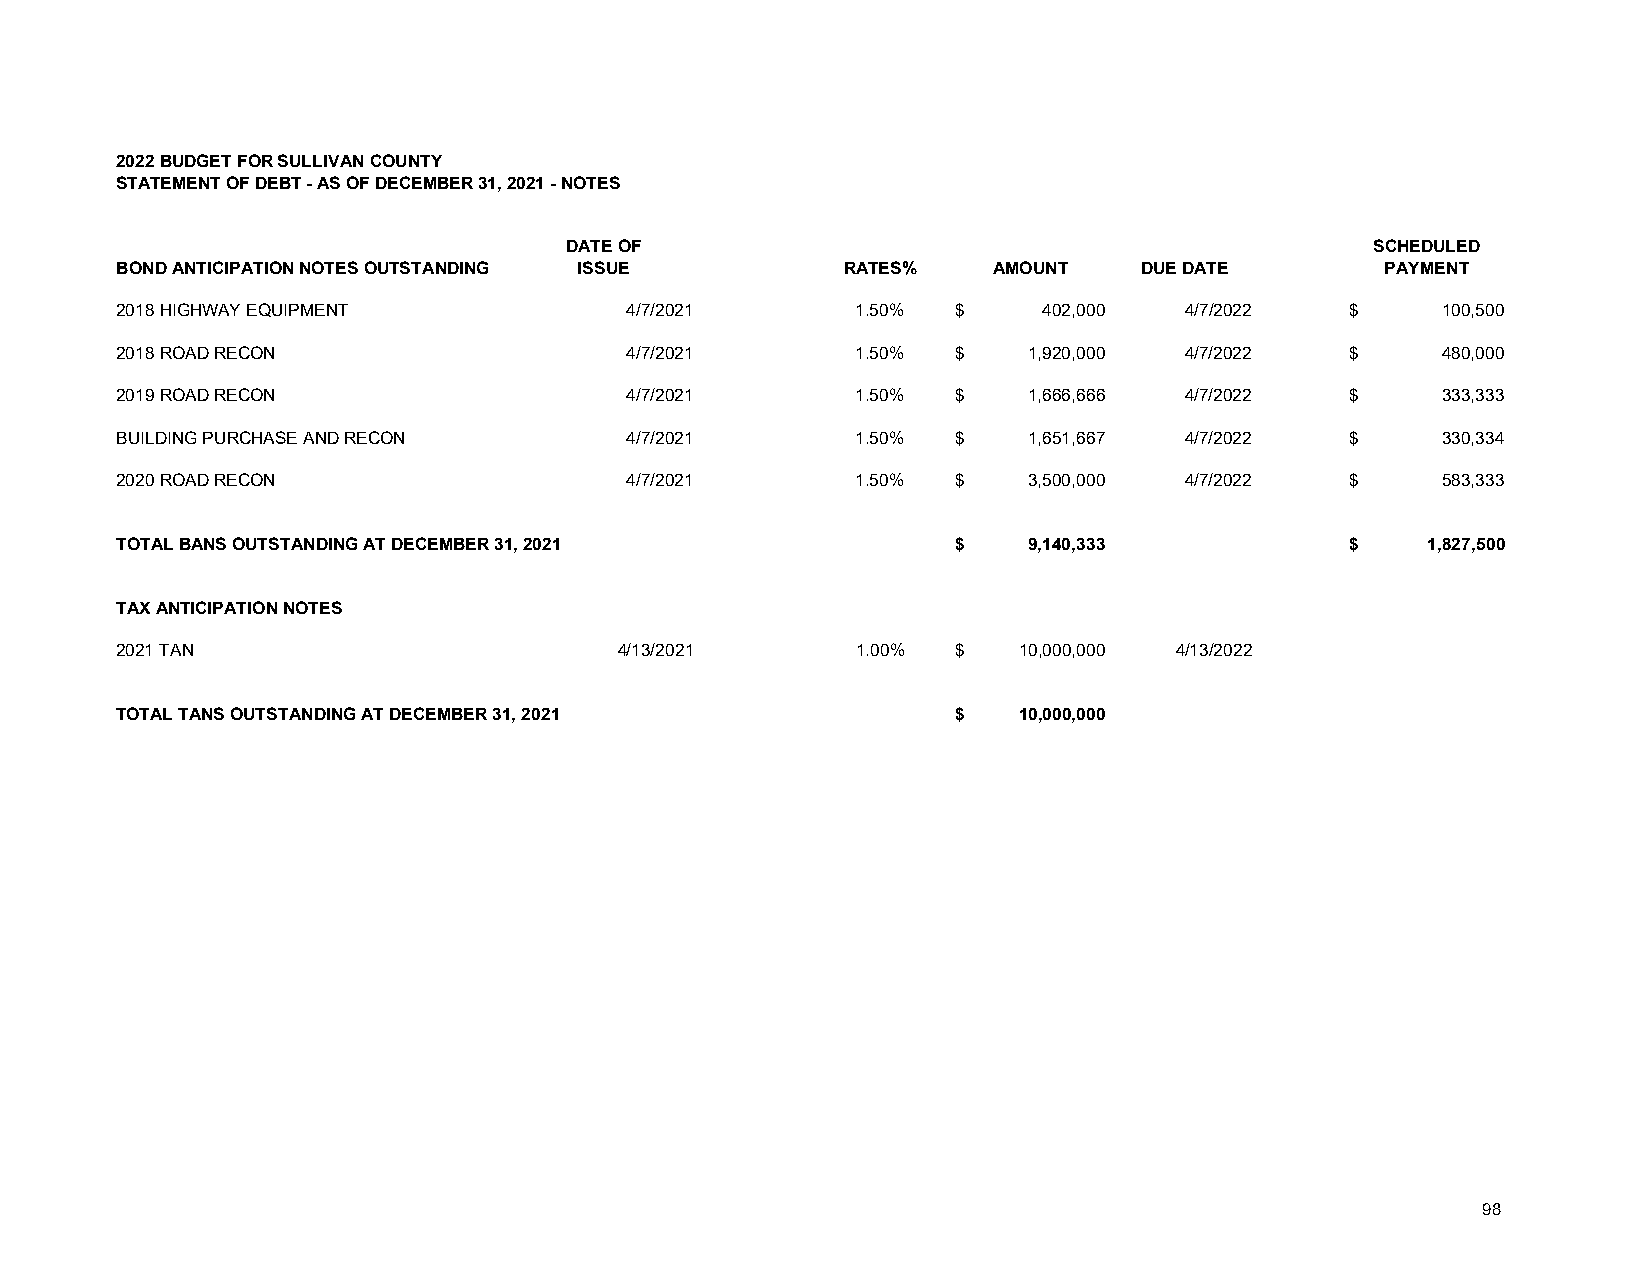
2022 BUDGET FOR SULLIVAN COUNTY
 STATEMENT OF DEBT - AS OF DECEMBER 31, 2021 - NOTES
 DATE OF                                               SCHEDULED
 BOND ANTICIPATION NOTES OUTSTANDING ISSUE       RATES%    AMOUNT    DUE DATE        PAYMENT
 2018 HIGHWAY EQUIPMENT           4/7/2021        1.50% $     402,000  4/7/2022   $     100,500
 2018 ROAD RECON                  4/7/2021        1.50% $    1,920,000 4/7/2022   $     480,000
 2019 ROAD RECON                  4/7/2021        1.50% $    1,666,666 4/7/2022   $     333,333
 BUILDING PURCHASE AND RECON      4/7/2021        1.50% $    1,651,667 4/7/2022   $     330,334
 2020 ROAD RECON                  4/7/2021        1.50% $    3,500,000 4/7/2022   $     583,333
 TOTAL BANS OUTSTANDING AT DECEMBER 31, 2021            $    9,140,333            $     1,827,500
 TAX ANTICIPATION NOTES
 2021 TAN                         4/13/2021       1.00% $   10,000,000 4/13/2022
 TOTAL TANS OUTSTANDING AT DECEMBER 31, 2021            $   10,000,000
 98